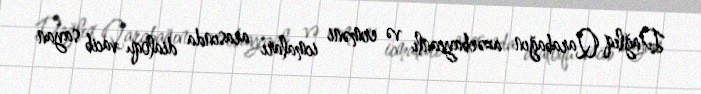
Dağlıq Qarabağın azərbaycanlı və erməni icmaları arasında dialoqu vacib sayan